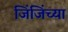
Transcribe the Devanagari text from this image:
जिंजिंच्या